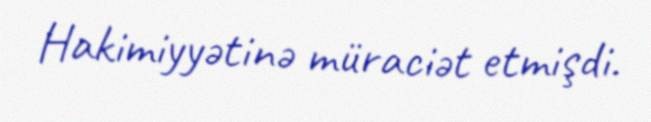
Hakimiyyətinə müraciət etmişdi.